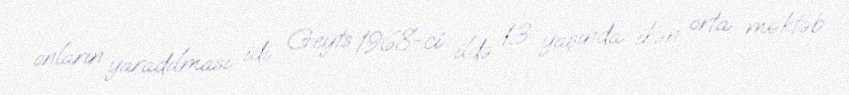
onların yaradılması idi. Geyts 1968-ci ildə 13 yaşında ikən orta məktəb